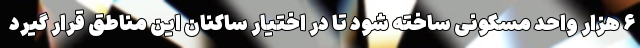
۶ هزار واحد مسکونی ساخته شود تا در اختیار ساکنان این مناطق قرار گیرد